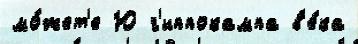
мо́жет'е Ю г'иппокампа в'е́ка